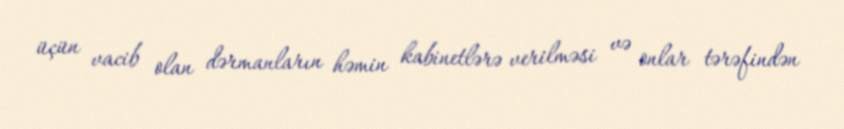
üçün vacib olan dərmanların həmin kabinetlərə verilməsi və onlar tərəfindən